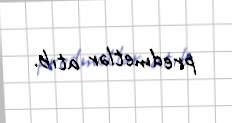
predmetlər atıb.